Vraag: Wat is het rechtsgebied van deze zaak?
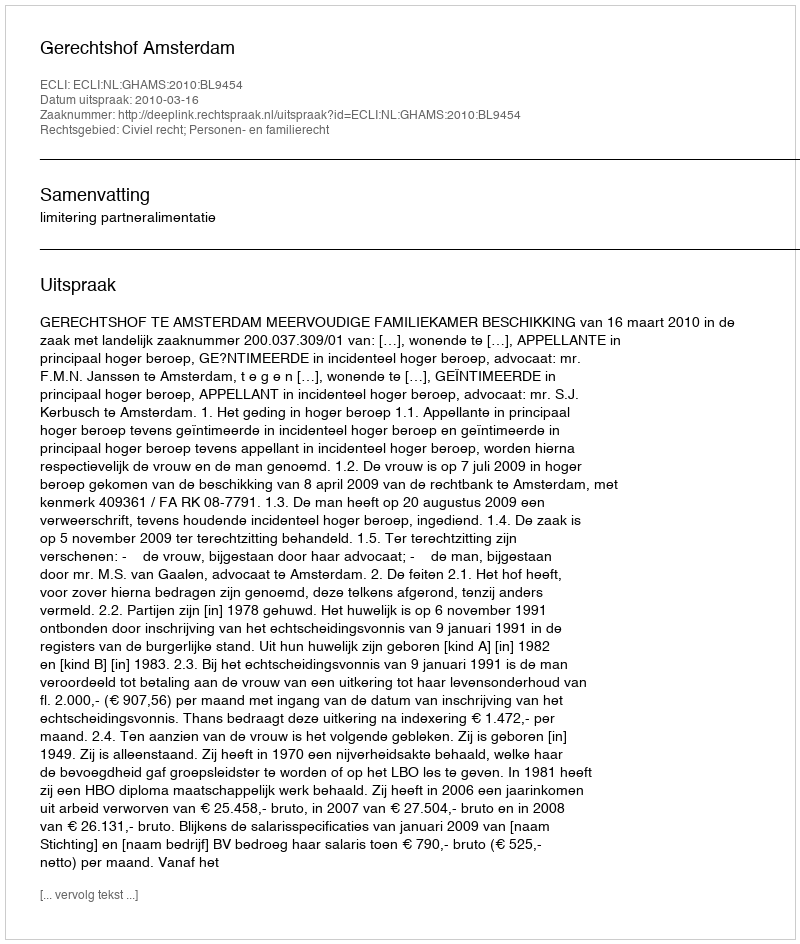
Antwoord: Civiel recht; Personen- en familierecht